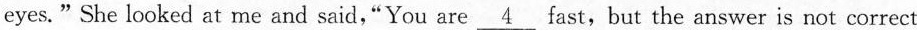
eyes."She looked at me and said,"You are \underline{4} fast,but the answer is not correct